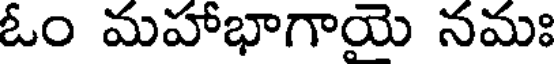
ఓం మహాభాగాయె నమః